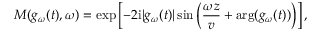
M ( g _ { \omega } ( t ) , \omega ) = \exp \left[ - 2 \mathrm { i } | g _ { \omega } ( t ) | \sin \left( \frac { \omega z } { v } + \mathrm { a r g } ( g _ { \omega } ( t ) ) \right) \right] ,